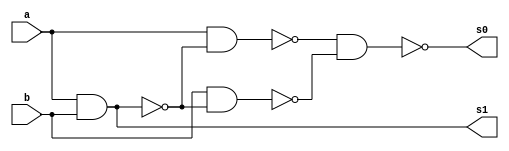
// ---------------------
// Exemplo 05_04 - SOMA COMPLETA 2 BITS NAND
// Nome: Jlio Czar Taveira Arajo
// ---------------------

// ---------------------
// -- Meia-Soma
// ---------------------

module meiasoma (s0, s1, a, b);

 output s0,s1;
 input a, b;
 wire w1, w2, w3, w4;
 
 nand NAND1 (w1,a,b);
 nand NAND2 (w2,b,w1);
 nand NAND3 (w3,a,w1);
 nand NAND4 (s0,w3,w2);
 nand NAND5 (w4,a,b);
 nand NAND6 (s1,w4,w4);

endmodule//meiasoma

// ---------------------
// -- SOMA COMPLETA
// ---------------------

module somaCompleta (s0, s1, a, b, vaium );

input a, b, vaium;
output s0, s1;
wire w1, w2, w3, w4, w5;

meiasoma MS1 (w1,w2,a,b);
meiasoma MS2 (s0,w3,w1,vaium);
nand NAND1 (w4,w2,w2);
nand NAND2 (w5,w3,w3);
nand NAND3 (s1,w4,w5);

endmodule//somaCompleta

// ---------------------
// -- SOMA
// ---------------------

module soma (s2, s1, s0, a0, a1,b0, b1);

input a0, a1, b0, b1;
output s2, s1, s0;
wire w1;

meiasoma MS1 (s0,w1,a0,b0);
somaCompleta SC1 (s1,s2,a1,b1,w1);


endmodule//soma


// ---------------------
// --  TESTE SOMA 
// ---------------------
module testesoma;

reg a0, a1, b0, b1;
wire s2, s1, s0;

soma SOMA1( s2, s1, s0, a0, a1, b0, b1);

  initial begin:start
  
   a0=0; a1=0; 
	b0=0; b1=0; 
	
  end

  initial begin: main
 
   $display("Exercicio 05-04 - Julio Cezar Taveira Araujo - 380776");
      $display("Test SomaCompleta 2 bits com NANDs");  
      $display("aaa + bbb = ssss\n");
	   $monitor("%b%b + %b%b = %b%b%b", a1, a0, b1, b0, s2, s1, s0);
     
   #1
	a0=0; a1=1; 
	b0=0; b1=1; 
   #1
	a0=0; a1=1; 
	b0=1; b1=0;
  #1
  a0=1; a1=1; 
  b0=1; b1=1;
    
  end
endmodule